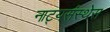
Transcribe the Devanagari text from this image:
नाट्यसंस्थेस